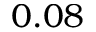
0 . 0 8